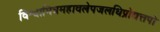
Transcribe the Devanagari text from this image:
विश्वामित्रमहावलेपजलधिप्रोद्यत्तपो